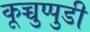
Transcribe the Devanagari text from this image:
कूच्चुप्पुडी